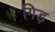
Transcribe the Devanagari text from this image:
गिड़